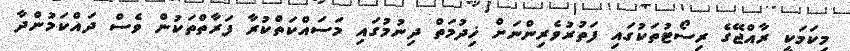
މިކަމަކީ ރާއްޖޭގެ ރިސޯޓުތަކުގައި ފަތުރުވެރިންނަށް ޚިދުމަތް ދިނުމުގައި މަސައްކަތްކުރާ ފަރާތްތަކުން ވެސް ދައްކަމުންދާ